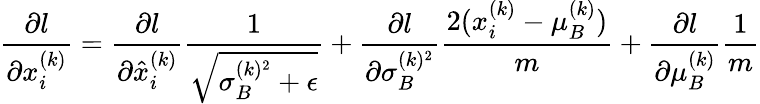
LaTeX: {\frac{\partial l}{\partial x_{i}^{(k)}}}={\frac{\partial l}{\partial{\hat{x}}_{i}^{(k)}}}{\frac{1}{\sqrt{\sigma_{B}^{(k)^{2}}+\epsilon}}}+{\frac{\partial l}{\partial\sigma_{B}^{(k)^{2}}}}{\frac{2(x_{i}^{(k)}-\mu_{B}^{(k)})}{m}}+{\frac{\partial l}{\partial\mu_{B}^{(k)}}}{\frac{1}{m}}